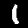
Label: 1